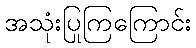
အသုံးပြုကြကြောင်း